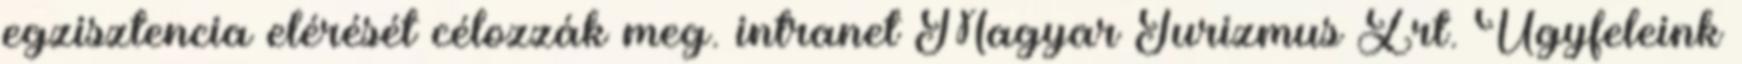
egzisztencia elérését célozzák meg. intranet Magyar Turizmus Zrt. Ügyfeleink